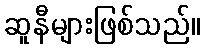
ဆူနီများဖြစ်သည်။